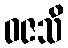
ဝဇသိ